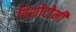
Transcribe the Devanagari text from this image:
डिशोटोमी